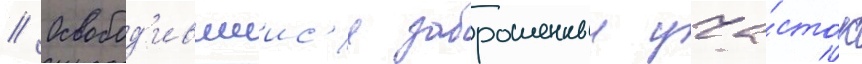
// Освобод'ившиис'я заброшенныи уча́сток